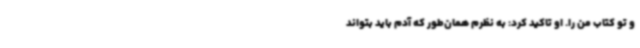
و تو کتاب من را. او تاکید کرد: به نظرم همان‌طور که آدم باید بتواند